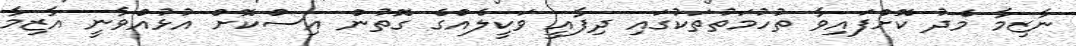
ނާޒިމާ މެދު ކޮށްފައިވާ ތުހުމަތުތަކުގައި ދިފާއީ ވަކީލެއްގެ ގޮތުން އިސްކޮށް އުޅުއްވާނީ އާޒިމާ